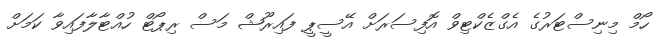
ހޯމް މިނިސްޓަރުގެ އެގްޒެކްޓިވް އޮފިސަރަށް އޭސީޕީ ފައިރޫޝް މަސް ރިޕޯޓް ހުއްޓާލާފައިވާ ކަމަށް